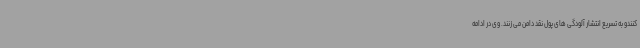
کنندو به تسریع انتشار آلودگی های پول نقد دامن می زنند. وی در ادامه